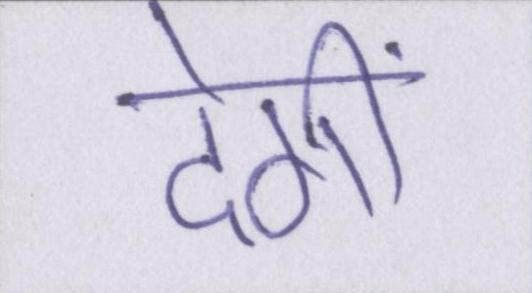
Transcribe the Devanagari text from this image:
देंगीं